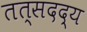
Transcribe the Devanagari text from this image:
तत्सदद्य